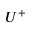
U ^ { + }